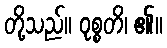
တို့သည်။ ဝုစ္စတိ၊ ၏။